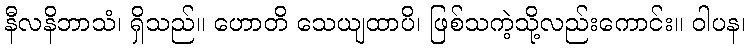
နီလနိဘာသံ၊ ရှိသည်။ ဟောတိ သေယျထာပိ၊ ဖြစ်သကဲ့သို့လည်းကောင်း။ ဝါပန၊